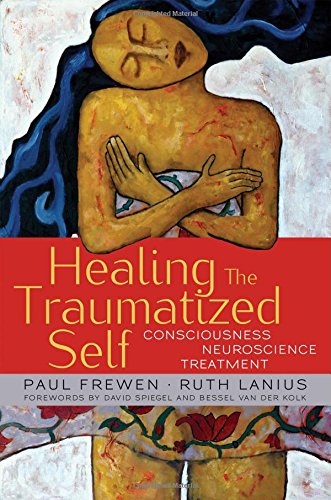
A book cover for Healing the Traumatized Self: Consciousness, Neuroscience, Treatment (Norton Series on Interpersonal Neurobiology); Paul Frewen; Health, Fitness & Dieting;